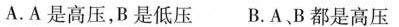
A.A是高压，B是低压 B.A、B都是高压